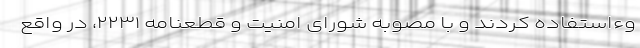
وء‌استفاده کردند و با مصوبه شورای امنیت ‌و قطعنامه ۲۲۳۱، در واقع